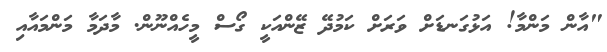
"އާން މަންމާ! އަޅުގަނޑަށް ވަރަށް ކަމުދޭ ޒޭންއަކީ ގޯސް މީހެއްނޫން. މާދަމާ މަންމައާއި